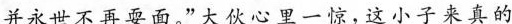
并永世不再耍面，”大伙心里一惊，这小子来真的